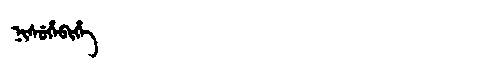
Manchu: ᠨᡳᠰᡠᡥᡝᠪᡳᡥᡝ
Romanization: NISUHEBIHE